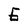
Character: E